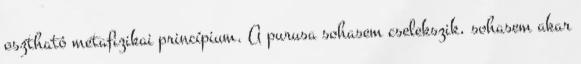
osztható metafizikai princípium. A purusa sohasem cselekszik, sohasem akar